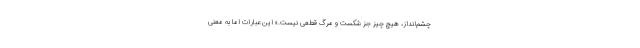
چشم‌انداز، هیچ چیز جز شکست و مرگ قطعی نیست.» این عبارات اما به معنی